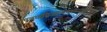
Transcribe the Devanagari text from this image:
तापत्रयाग्नितप्तनामशान्तप्राणिनां